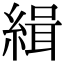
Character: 緝